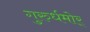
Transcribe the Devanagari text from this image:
गुरुर्धमोर्